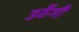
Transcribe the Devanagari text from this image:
उठेंगी